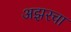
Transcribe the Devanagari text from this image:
अझरचा